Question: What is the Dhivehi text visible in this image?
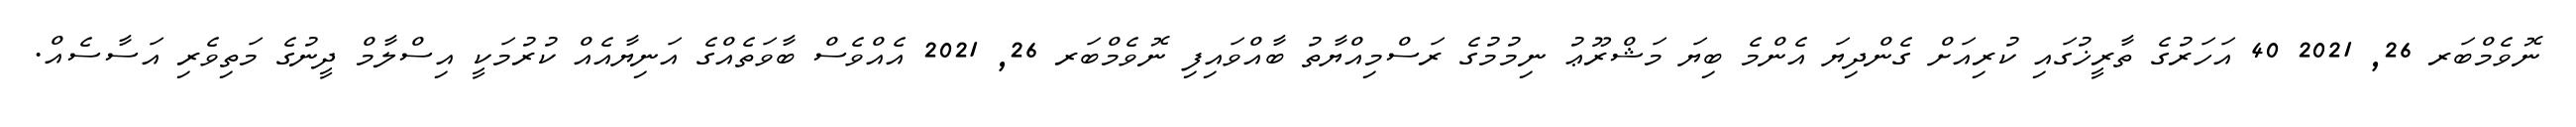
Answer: ނޮވެމްބަރ 26, 2021 40 އަހަރުގެ ތާރީޚުގައި ކުރިއަށް ގެންދިޔަ އެންމެ ބިޔަ މަޝްރޫޢު ނިމުމުގެ ރަސްމިއްޔާތު ބާއްވައިފި ނޮވެމްބަރ 26, 2021 އެއްވެސް ބާވަތެއްގެ އަނިޔާއެއް ކުރުމަކީ އިސްލާމް ދީނުގެ މަތިވެރި އަސާސެއް.